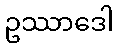
ဥဿာဒေါ